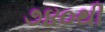
૭૪૦થી